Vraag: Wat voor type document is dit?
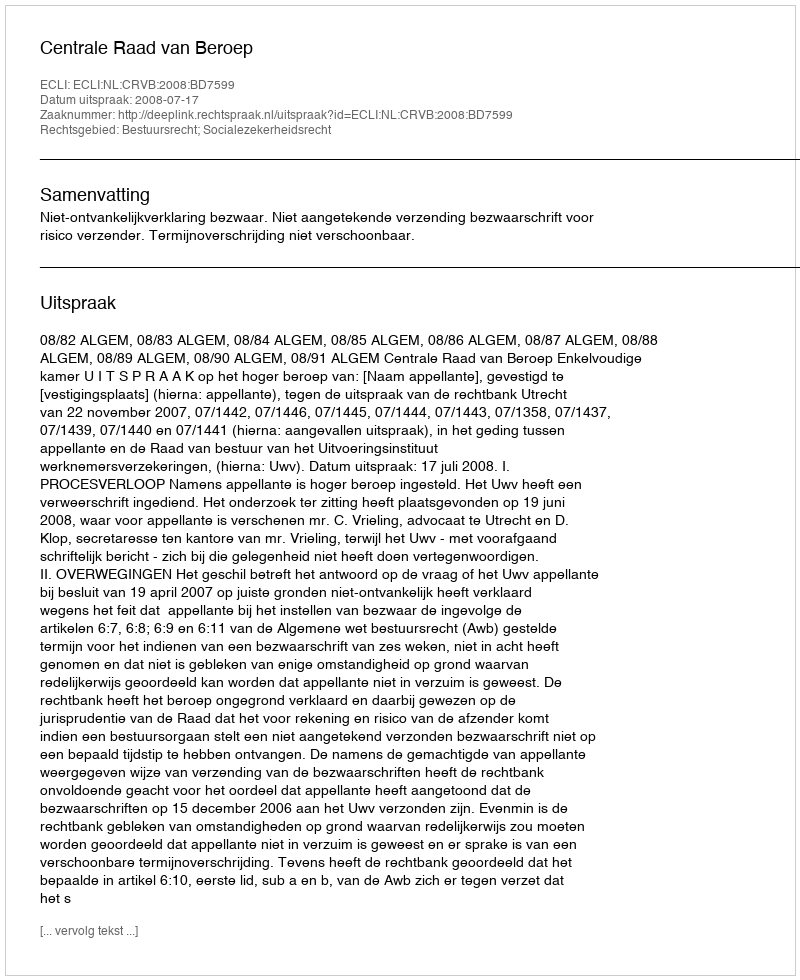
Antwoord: Uitspraak